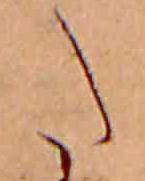
た